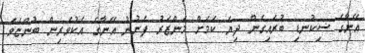
އޭނާގެ ސިކުނޑި ބުރައިގެން ދިޔަ ކަމަށް މަންޒަރު ފެނުނު އޭނާގެ އެކުވެރިން ބުންޏެވެ.